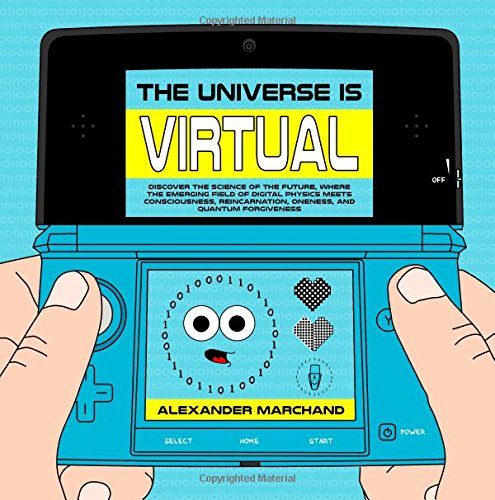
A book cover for The Universe Is Virtual: Discover the Science of the Future, Where the Emerging Field of Digital Physics Meets Consciousness, Reincarnation, Oneness, and Quantum Forgiveness; Alexander Marchand; Comics & Graphic Novels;